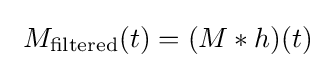
\ M_{\mathrm {filtered} }(t)=(M*h)(t)